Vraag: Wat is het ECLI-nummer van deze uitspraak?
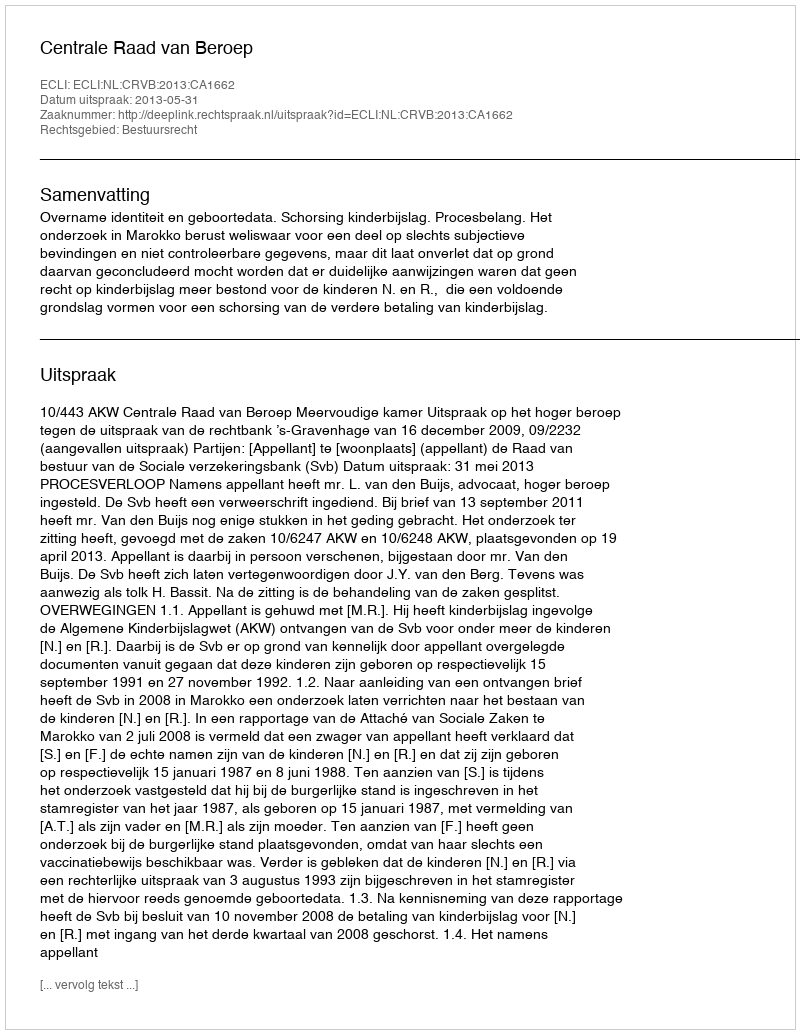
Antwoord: ECLI:NL:CRVB:2013:CA1662